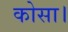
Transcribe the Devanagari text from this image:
कोसा।